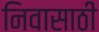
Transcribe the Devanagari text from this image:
निवासाठी